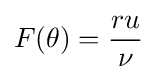
F(\theta )={\frac {ru}{\nu }}